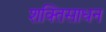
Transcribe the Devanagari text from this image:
शक्तिसाधन